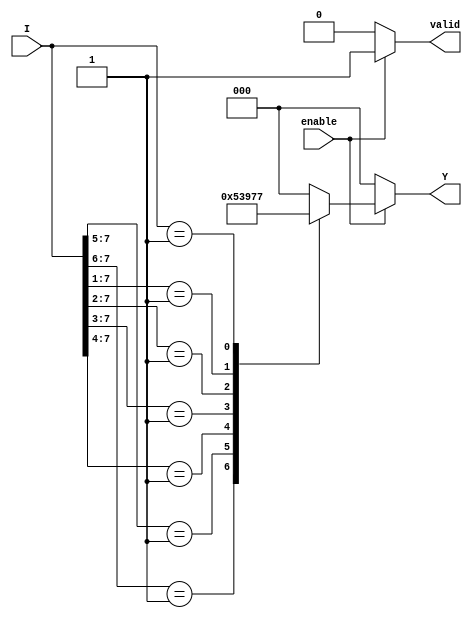
module encoder_8_to_3 (
    input wire [7:0] I,      // 8 input lines
    input wire enable,       // Enable signal
    output reg [2:0] Y,      // 3 output lines
    output reg valid         // Output valid signal
);

    always @(*) begin
        if (!enable) begin
            Y = 3'b000;      // If not enabled, output is defined state (000)
            valid = 1'b0;    // Output is not valid
        end else begin
            valid = 1'b1;     // Output is valid
            casez (I)        // Use casez to handle don't care conditions
                8'b1??????? : Y = 3'b000; // I[0] active
                8'b01?????? : Y = 3'b001; // I[1] active
                8'b001????? : Y = 3'b010; // I[2] active
                8'b0001???? : Y = 3'b011; // I[3] active
                8'b00001??? : Y = 3'b100; // I[4] active
                8'b000001?? : Y = 3'b101; // I[5] active
                8'b0000001? : Y = 3'b110; // I[6] active
                8'b00000001 : Y = 3'b111; // I[7] active
                default:      Y = 3'b000;  // No input active, output is 000
            endcase
        end
    end

endmodule